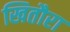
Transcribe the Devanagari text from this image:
खितौरा